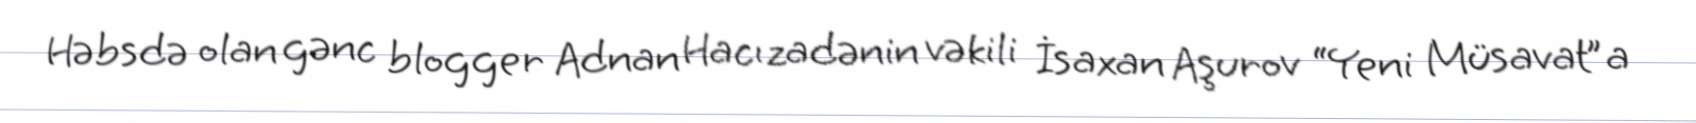
Həbsdə olan gənc blogger Adnan Hacızadənin vəkili İsaxan Aşurov “Yeni Müsavat”a